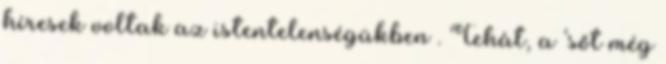
híresek voltak az istentelenségükben . Tehát, a ‘sőt még